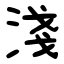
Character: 淺